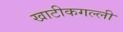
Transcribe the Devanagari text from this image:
खाटीकगल्ली